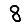
Digit: 8